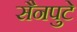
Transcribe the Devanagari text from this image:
सैनपुटे